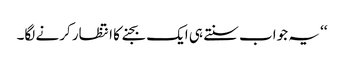
‘‘ یہ جواب سنتے ہی ایک بجنے کا انتظار کرنے لگا۔